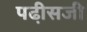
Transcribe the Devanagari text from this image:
पढी़सजी